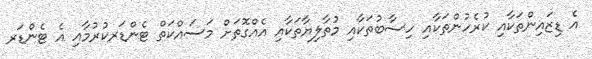
އެ ޑިޒައިންތަކާއި ކުރެހުންތަކާއި ހިސާބުތަކާއި މުތާލިޔާތަކާއި އެއްގޮތަށް މަސައްކަތް ޓެންޑަރކުރުމާއި އެ ޓެންޑަރ